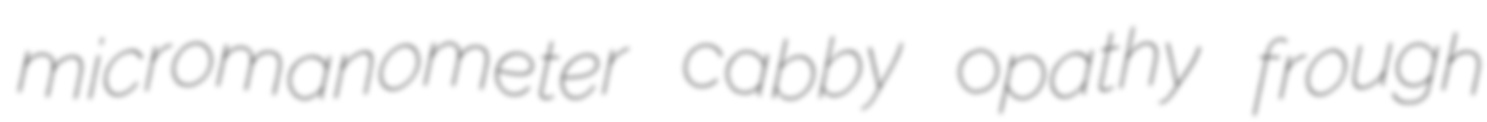
micromanometer cabby opathy frough